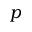
p